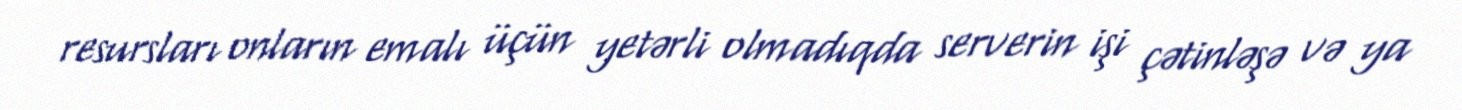
resursları onların emalı üçün yetərli olmadıqda serverin işi çətinləşə və ya